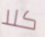
كلا